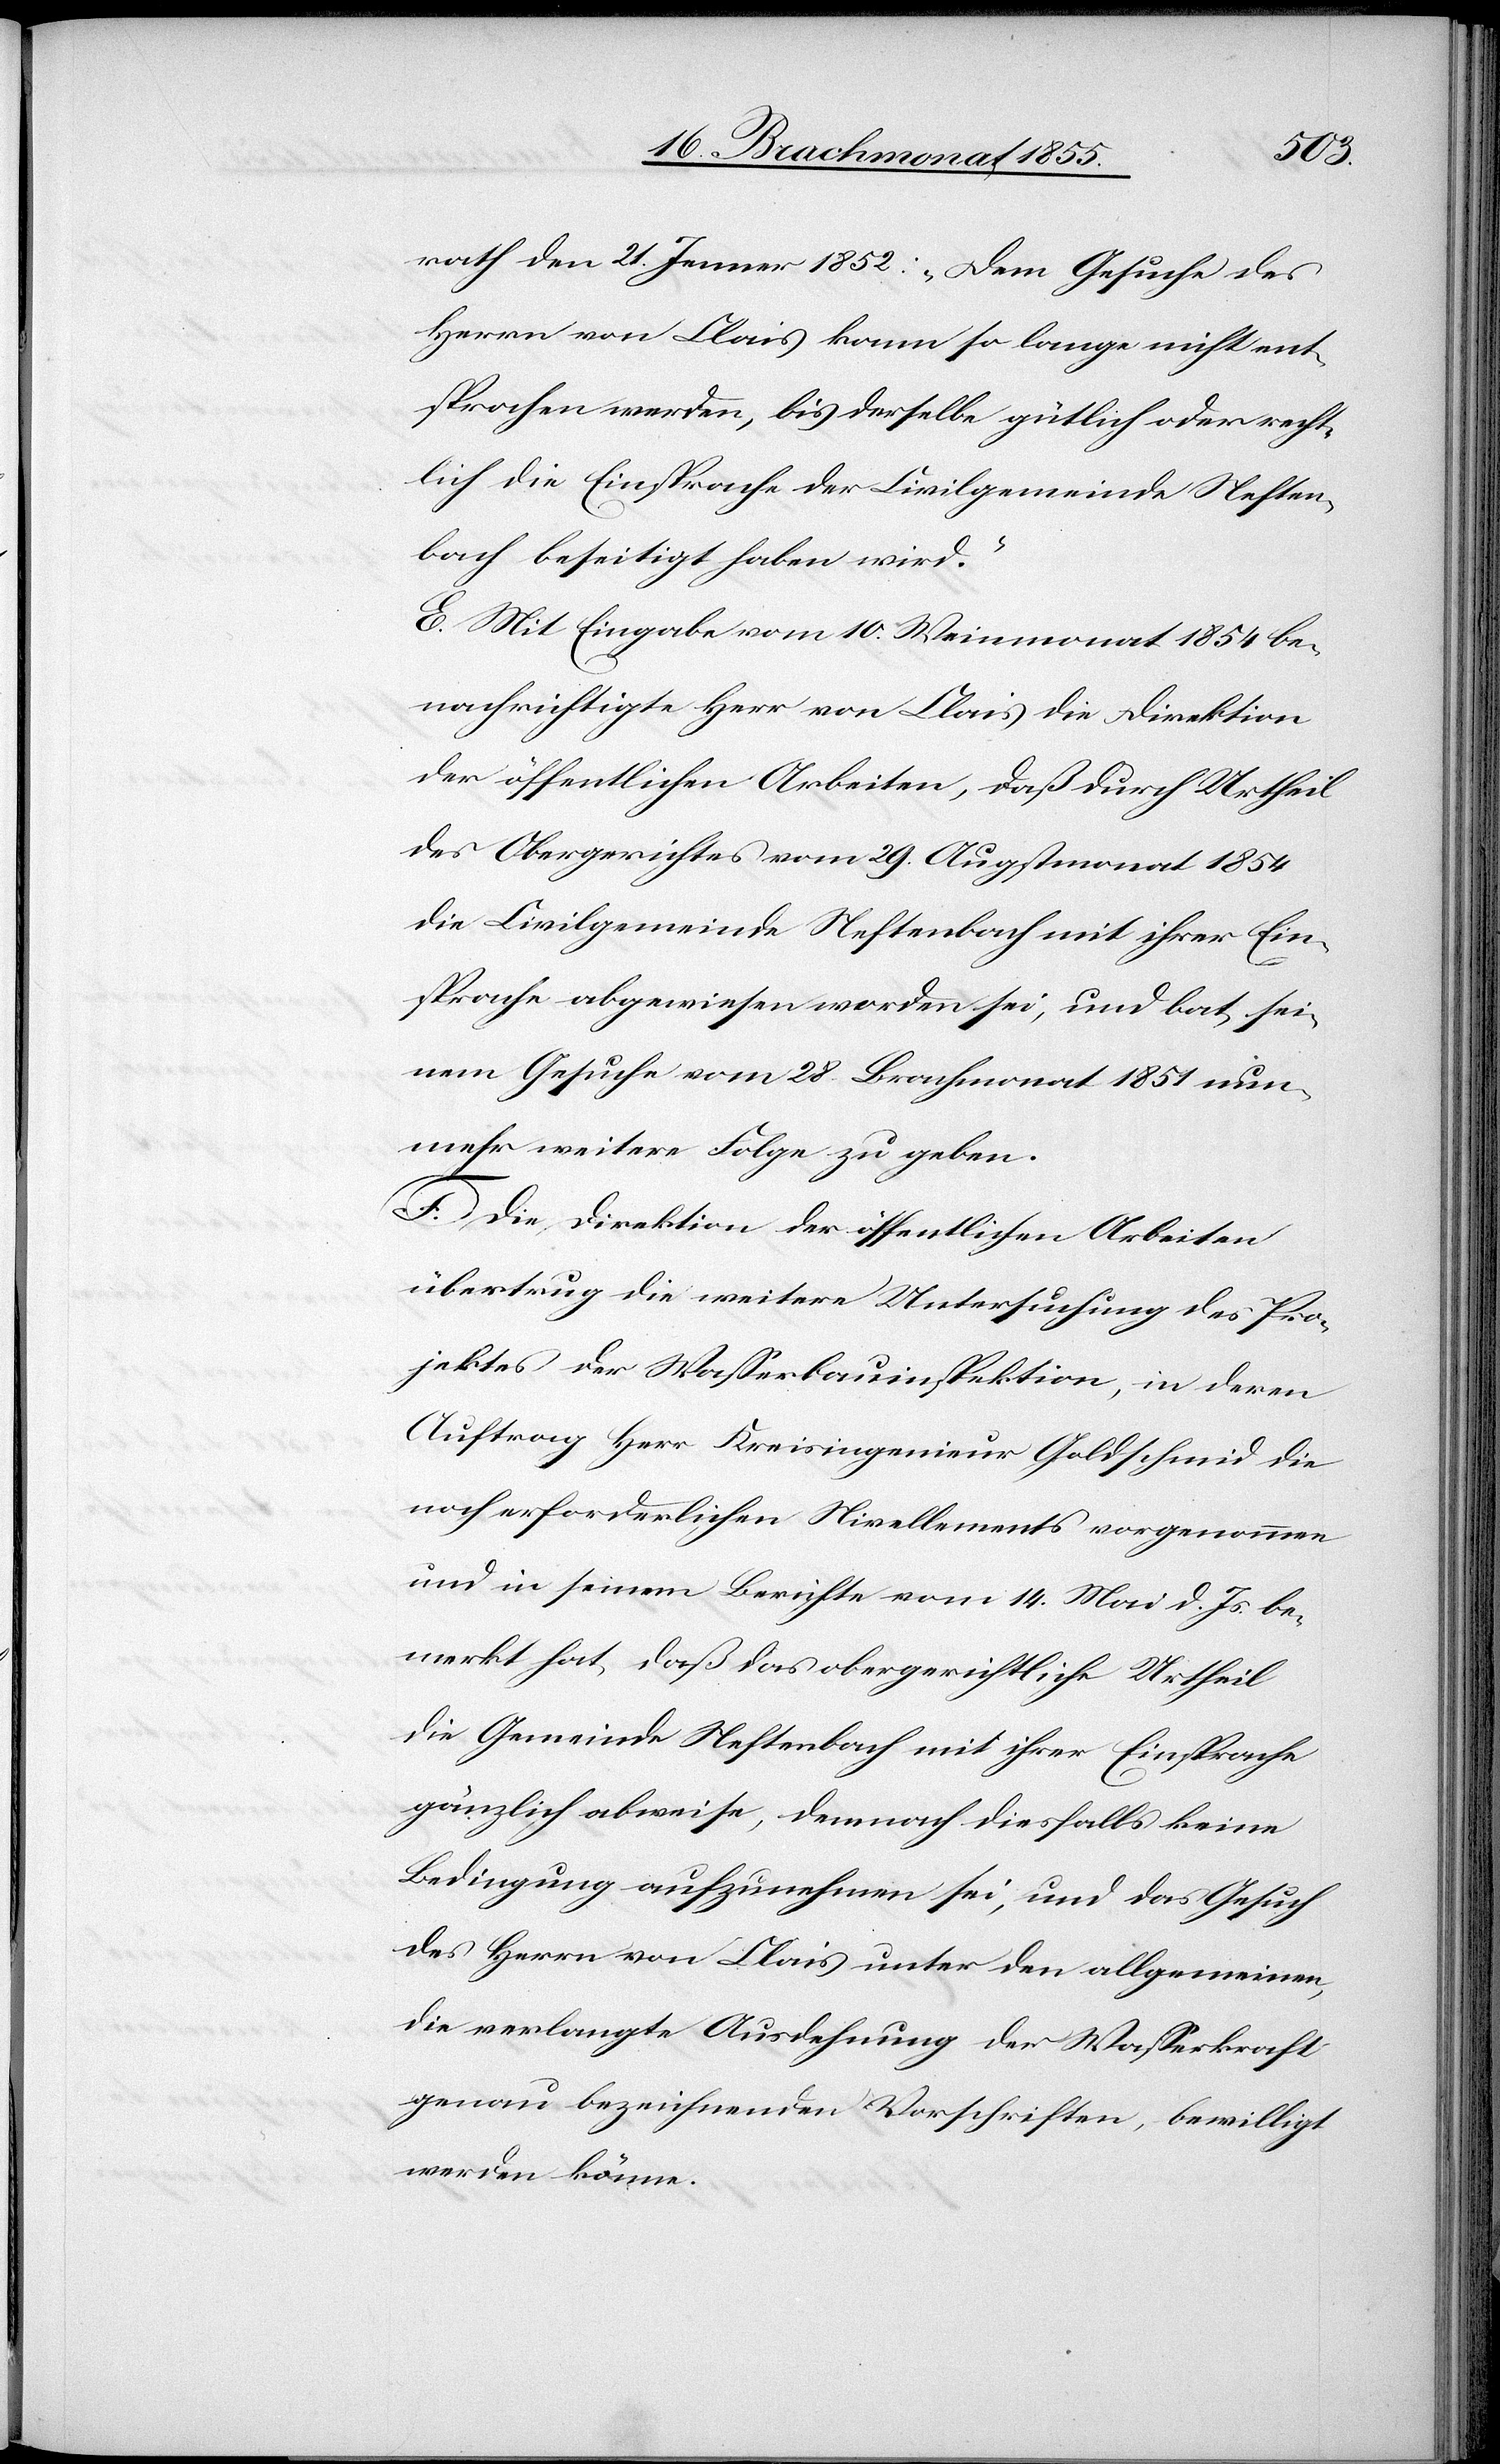
rath den 21. Jenner 1852: „Dem Gesuche des
Herrn von Clais kann so lange nicht ent¬
sprochen werden, bis derselbe gütlich oder recht¬
lich die Einsprache der Civilgemeinde Neften¬
bach beseitigt haben wird.“
E. Mit Eingabe vom 10. Weinmonat 1854 be¬
nachrichtigte Herr von Clais die Direktion
der öffentlichen Arbeiten, daß durch Urtheil
des Obergerichtes vom 29. Augstmonat 1854
die Civilgemeinde Neftenbach mit ihrer Ein¬
sprache abgewiesen worden sei, und bat, sei¬
nem Gesuche vom 28. Brachmonat 1851 nun¬
mehr weitere Folge zu geben.
F. Die Direktion der öffentlichen Arbeiten
übertrug die weitere Untersuchung des Pro¬
jektes der Wasserbauinspektion, in deren
Auftrag Herr Kreisingenieur Goldschmid die
noch erforderlichen Nivellements vorgenommen
und in seinem Berichte vom 14. Mai d. Js. be¬
merkt hat, daß das obergerichtliche Urtheil
die Gemeinde Neftenbach mit ihrer Einsprache
gänzlich abweise, demnach diesfalls keine
Bedingung aufzunehmen sei, und das Gesuch
des Herrn von Clais unter den allgemeinen,
die verlangte Ausdehnung der Wasserkraft
genau bezeichnenden Vorschriften, bewilligt
werden könne.